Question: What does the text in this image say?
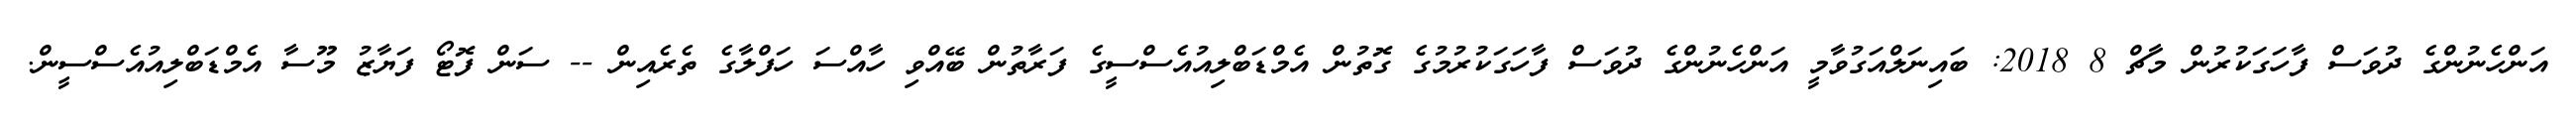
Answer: އަންހެނުންގެ ދުވަސް ފާހަގަކުރުން މާޗް 8 2018: ބައިނަލްއަގުވާމީ އަންހެނުންގެ ދުވަސް ފާހަގަކުރުމުގެ ގޮތުން އެމްޑަބްލިއުއެސްސީގެ ފަރާތުން ބޭއްވި ހާއްސަ ހަފްލާގެ ތެރެއިން -- ސަން ފޮޓޯ ފަޔާޒު މޫސާ އެމްޑަބްލިއުއެސްސީން.